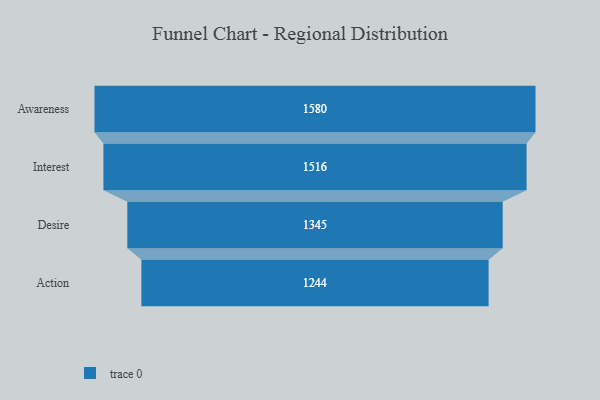
{"axis": {"x": "Stage", "y": "Value"}, "legend": [""], "data": [{"x": "Awareness", "y": 1580.0, "type": ""}, {"x": "Interest", "y": 1516.0, "type": ""}, {"x": "Desire", "y": 1345.0, "type": ""}, {"x": "Action", "y": 1244.0, "type": ""}]}